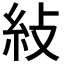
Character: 𥾲